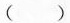
()